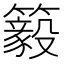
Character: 䉨